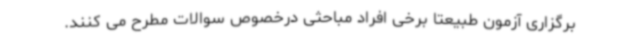
برگزاری آزمون طبیعتا برخی افراد مباحثی درخصوص سوالات مطرح می کنند.